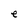
Character: e